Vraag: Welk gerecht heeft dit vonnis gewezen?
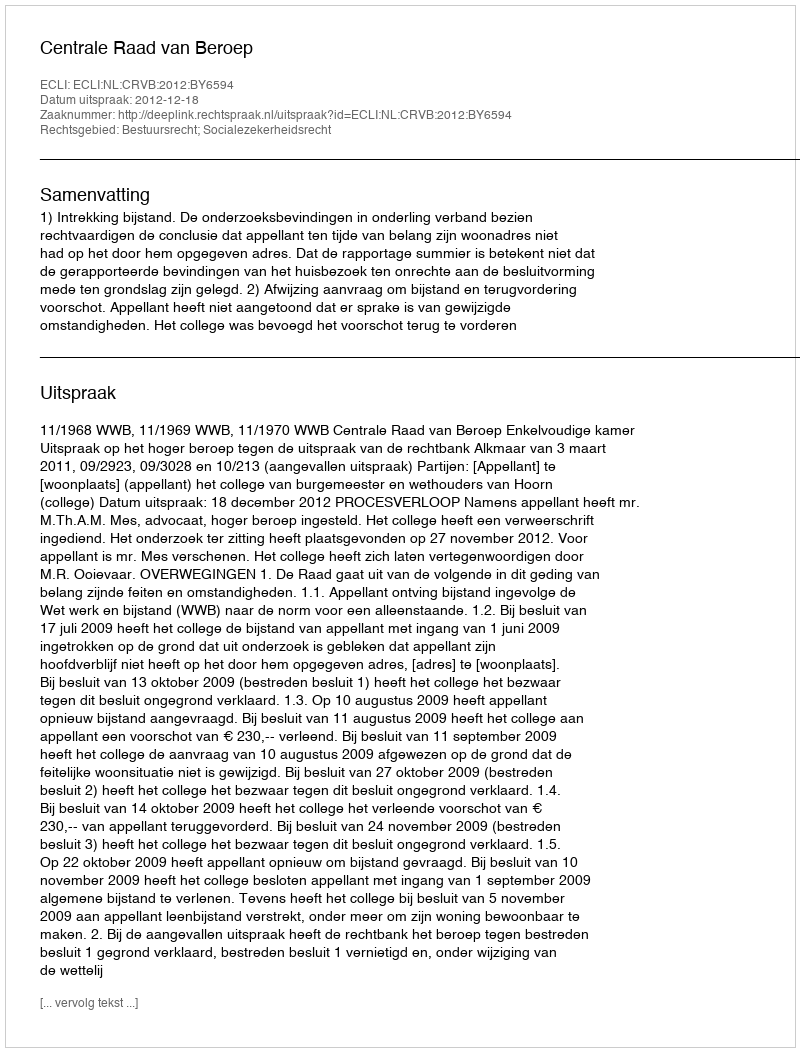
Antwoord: Centrale Raad van Beroep